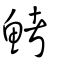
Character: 鮳